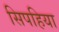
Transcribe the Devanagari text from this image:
सिपहिया